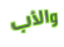
والأب